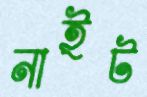
নাইট